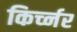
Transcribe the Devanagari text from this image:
किर्च्नर